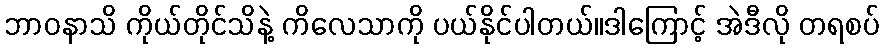
ဘာဝနာသိ ကိုယ်တိုင်သိနဲ့ ကိလေသာကို ပယ်နိုင်ပါတယ်။ဒါကြောင့် အဲဒီလို တရစပ်